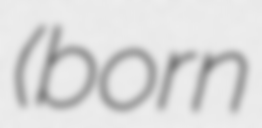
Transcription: (born